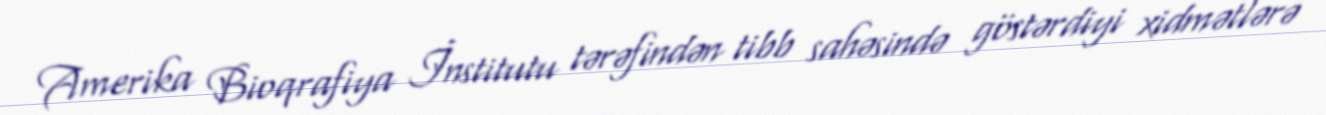
Amerika Bioqrafiya İnstitutu tərəfindən tibb sahəsində göstərdiyi xidmətlərə